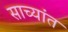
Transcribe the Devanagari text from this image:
साच्यांत